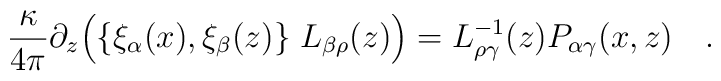
{\kappa \over{ 4\pi}}\partial_z\Bigl(\{\xi_\alpha(x),\xi_\beta(z)\}\;L_{\beta\rho}(z)\Bigr) = L_{\rho\gamma}^{-1}(z)P_{\alpha\gamma}(x,z)\quad.